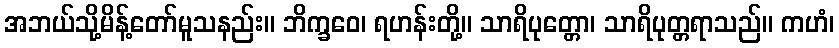
အဘယ်သို့မိန့်တော်မူသနည်း။ ဘိက္ခဝေ၊ ရဟန်းတို့။ သာရိပုတ္တော၊ သာရိပုတ္တရာသည်။ ကဟံ၊